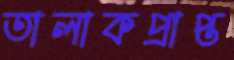
তালাকপ্রাপ্ত